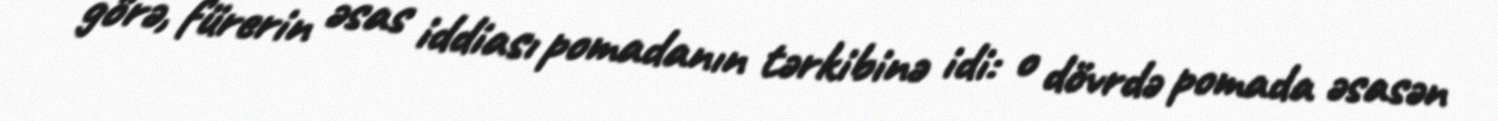
görə, fürerin əsas iddiası pomadanın tərkibinə idi: o dövrdə pomada əsasən